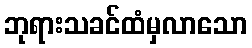
ဘုရားသခင်ထံမှလာသော